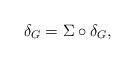
LaTeX: \begin{align*}\delta_G=\Sigma\circ\delta_G,\end{align*}